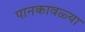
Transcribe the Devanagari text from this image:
पानकावळ्या